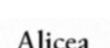
Alicea